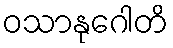
ဝသာနုဂေါတိ